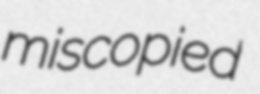
miscopied